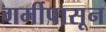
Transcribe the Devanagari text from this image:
गर्मीपासून